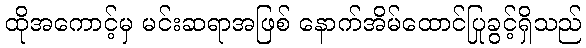
ထိုအကောင့်မှ မင်းဆရာအဖြစ် နောက်အိမ်ထောင်ပြုခွင့်ရှိသည်